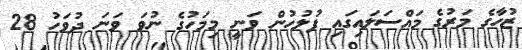
ޒުހާގެ މަރުގެ މައްސަލައިގައި ފުލުހުން ވަނީ މިމަހުގެ ނުވަ ވަނަ ދުވަހު 28